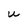
Character: u